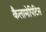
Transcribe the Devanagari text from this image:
कैलामोपिटिस